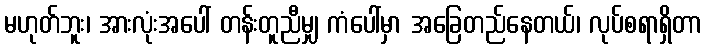
မဟုတ်ဘူး၊ အားလုံးအပေါ် တန်းတူညီမျှ ကံပေါ်မှာ အခြေတည်နေတယ်၊ လုပ်စရာရှိတာ